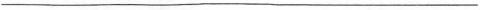
___